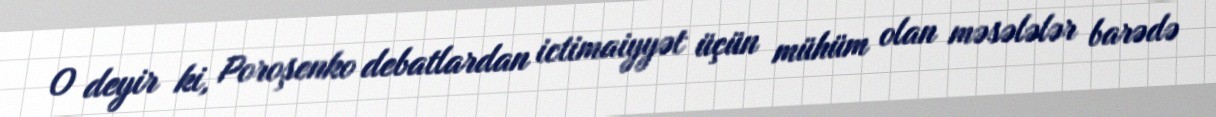
O deyir ki, Poroşenko debatlardan ictimaiyyət üçün mühüm olan məsələlər barədə